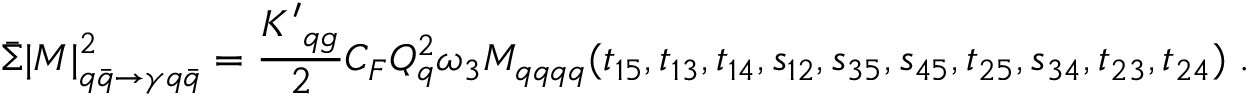
\bar { \Sigma } { | M | } _ { q \bar { q } \rightarrow \gamma q \bar { q } } ^ { 2 } = { \frac { { K ^ { \prime } } _ { q g } } { 2 } } C _ { F } Q _ { q } ^ { 2 } \omega _ { 3 } M _ { q q q q } ( t _ { 1 5 } , t _ { 1 3 } , t _ { 1 4 } , s _ { 1 2 } , s _ { 3 5 } , s _ { 4 5 } , t _ { 2 5 } , s _ { 3 4 } , t _ { 2 3 } , t _ { 2 4 } ) \; .